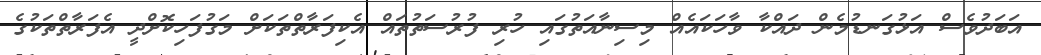
އަބަދުވެސް އަޅުގަނޑުމެން ދައްކާ ވާހަކައެއް މިސިނާއަތުގައި ހުރި ފުރުސަތުތައް އެކިފަރާތްތަކަށް މަގުފަހިކޮށްދީ އެފަރާތްތަކުގެ